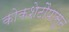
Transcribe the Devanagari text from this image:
कोकशेटौपासून